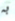
به